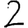
Digit: 2